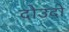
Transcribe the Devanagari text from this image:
दोउदो